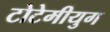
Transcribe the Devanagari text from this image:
टोटेमीयुग